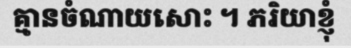
គ្មានចំណាយសោះ ។ ភរិយាខ្ញុំ